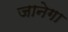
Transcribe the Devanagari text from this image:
जानेगा